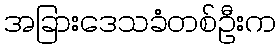
အခြားဒေသခံတစ်ဦးက